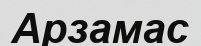
Арзамас